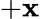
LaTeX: +\mathbf{x}